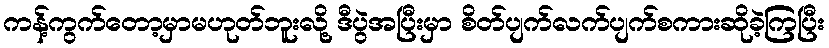
ကန့်ကွက်တော့မှာမဟုတ်ဘူးလို့ ဒီပွဲအပြီးမှာ စိတ်ပျက်လက်ပျက်စကားဆိုခဲ့ကြပြီး